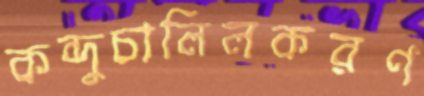
কন্দুচালিলকরণ